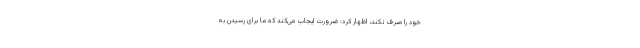
خود را صرف نکند، اظهار کرد: ضرورت ایجاب می‌کند که ما برای رسیدن به